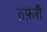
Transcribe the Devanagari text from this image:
तफ़री